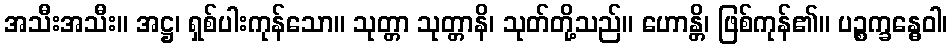
အသီးအသီး။ အဋ္ဌ၊ ရှစ်ပါးကုန်သော။ သုတ္တာ သုတ္တာနိ၊ သုတ်တို့သည်။ ဟောန္တိ၊ ဖြစ်ကုန်၏။ ပဉ္စက္ခန္ဓေဝါ၊